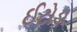
ઈટોડા